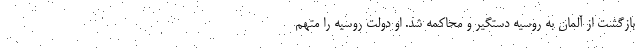
بازگشت از آلمان به روسیه دستگیر و محاکمه شد. او دولت روسیه را متهم